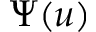
\Psi ( u )